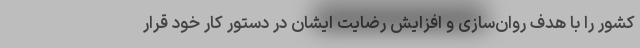
کشور را با هدف روان‌سازی و افزایش رضایت ایشان در دستور کار خود قرار